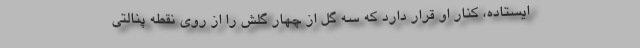
ایستاده، کنار او قرار دارد که سه گل از چهار گلش را از روی نقطه پنالتی